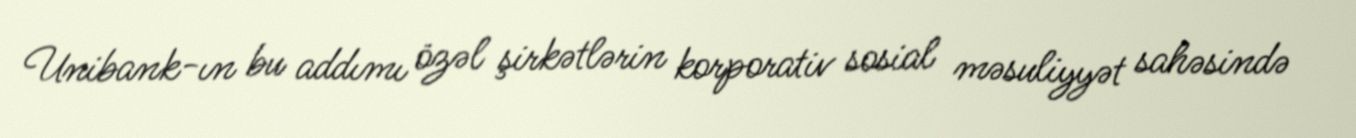
Unibank-ın bu addımı özəl şirkətlərin korporativ sosial məsuliyyət sahəsində